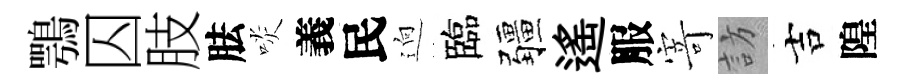
鶚囚肢胠啖義民逈臨疆遙服𭔃訪吉隍